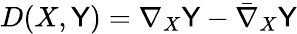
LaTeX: D(X,\mathsf{Y})=\nabla_{X}\mathsf{Y}-{\bar{{\nabla}}}_{X}\mathsf{Y}